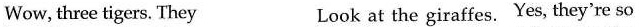
700 Wow, three tigers. They Look at the giraffes. Yes, they're so